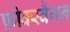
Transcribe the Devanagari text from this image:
फ़ोक्स्वैगन